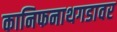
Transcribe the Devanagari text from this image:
कानिफनाथगडावर